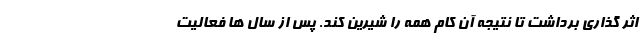
اثر گذاری برداشت تا نتیجه آن کام همه را شیرین کند. پس از سال ها فعالیت